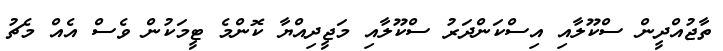
ތާޖުއްދީން ސްކޫލާއި އިސްކަންދަރު ސްކޫލާއި މަޖީދިއްޔާ ކޮންމެ ޓީމަކުން ވެސް އެއް މެޗު